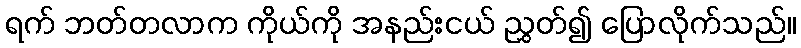
ရက် ဘတ်တလာက ကိုယ်ကို အနည်းငယ် ညွှတ်၍ ပြောလိုက်သည်။